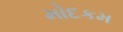
મોદકમ